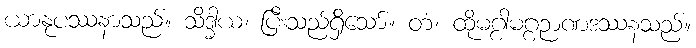
ယာနုပဿနာသည်။ သိဒ္ဓါယ၊ ပြီးသည်ရှိသော်။ တံ၊ ထိုမဂ္ဂါမဂ္ဂဉာဏဒဿနသည်။